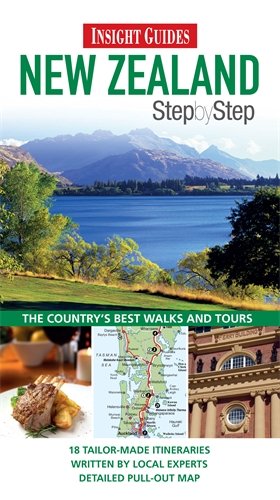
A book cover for New Zealand (Step by Step); Donna Blaber; Travel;